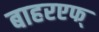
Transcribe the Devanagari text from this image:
बाहरएफ्